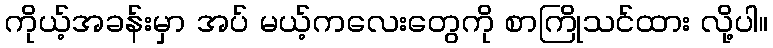
ကိုယ့်အခန်းမှာ အပ် မယ့်ကလေးတွေကို စာကြိုသင်ထား လို့ပါ။